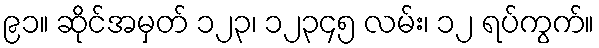
၉၁။ ဆိုင်အမှတ် ၁၂၃၊ ၁၂၃၄၅ လမ်း၊ ၁၂ ရပ်ကွက်။